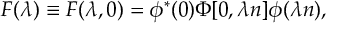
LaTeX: { \cal F } ( \lambda ) \equiv { \cal F } ( \lambda , 0 ) = \phi ^ { * } ( 0 ) \Phi [ 0 , \lambda n ] \phi ( \lambda n ) ,